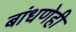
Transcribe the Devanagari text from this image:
बांधणेही